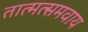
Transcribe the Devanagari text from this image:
तात्मत्समवाय